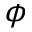
\phi